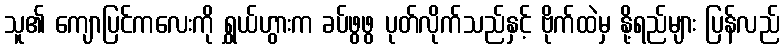
သူ၏ ကျောပြင်ကလေးကို ရွှယ်ဟွားက ခပ်ဖွဖွ ပုတ်လိုက်သည်နှင့် ဗိုက်ထဲမှ နို့ရည်များ ပြန်လည်